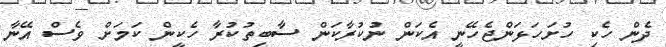
ދެން ހެކި ހުށަހަޅަންޖެހޭނީ އެކަން ނުކުރާކަން ސާބިތުކުރާ ހެކީން ކަމަށް ވެސް އޭނާ